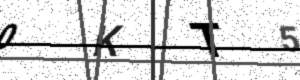
Text: 0KT5